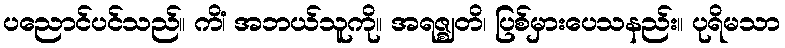
ပညောင်ပင်သည်။ ကိံ၊ အဘယ်သူကို။ အရဇ္ဈတိ၊ ပြစ်မှားပေသနည်း။ ပုရိမသာ